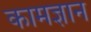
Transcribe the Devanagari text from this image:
कामज्ञान